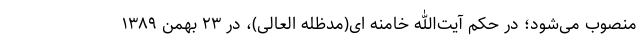
منصوب می‌شود؛ در حکم آیت‌الله خامنه ای(مدظله العالی)، در ۲۳ بهمن ۱۳۸۹